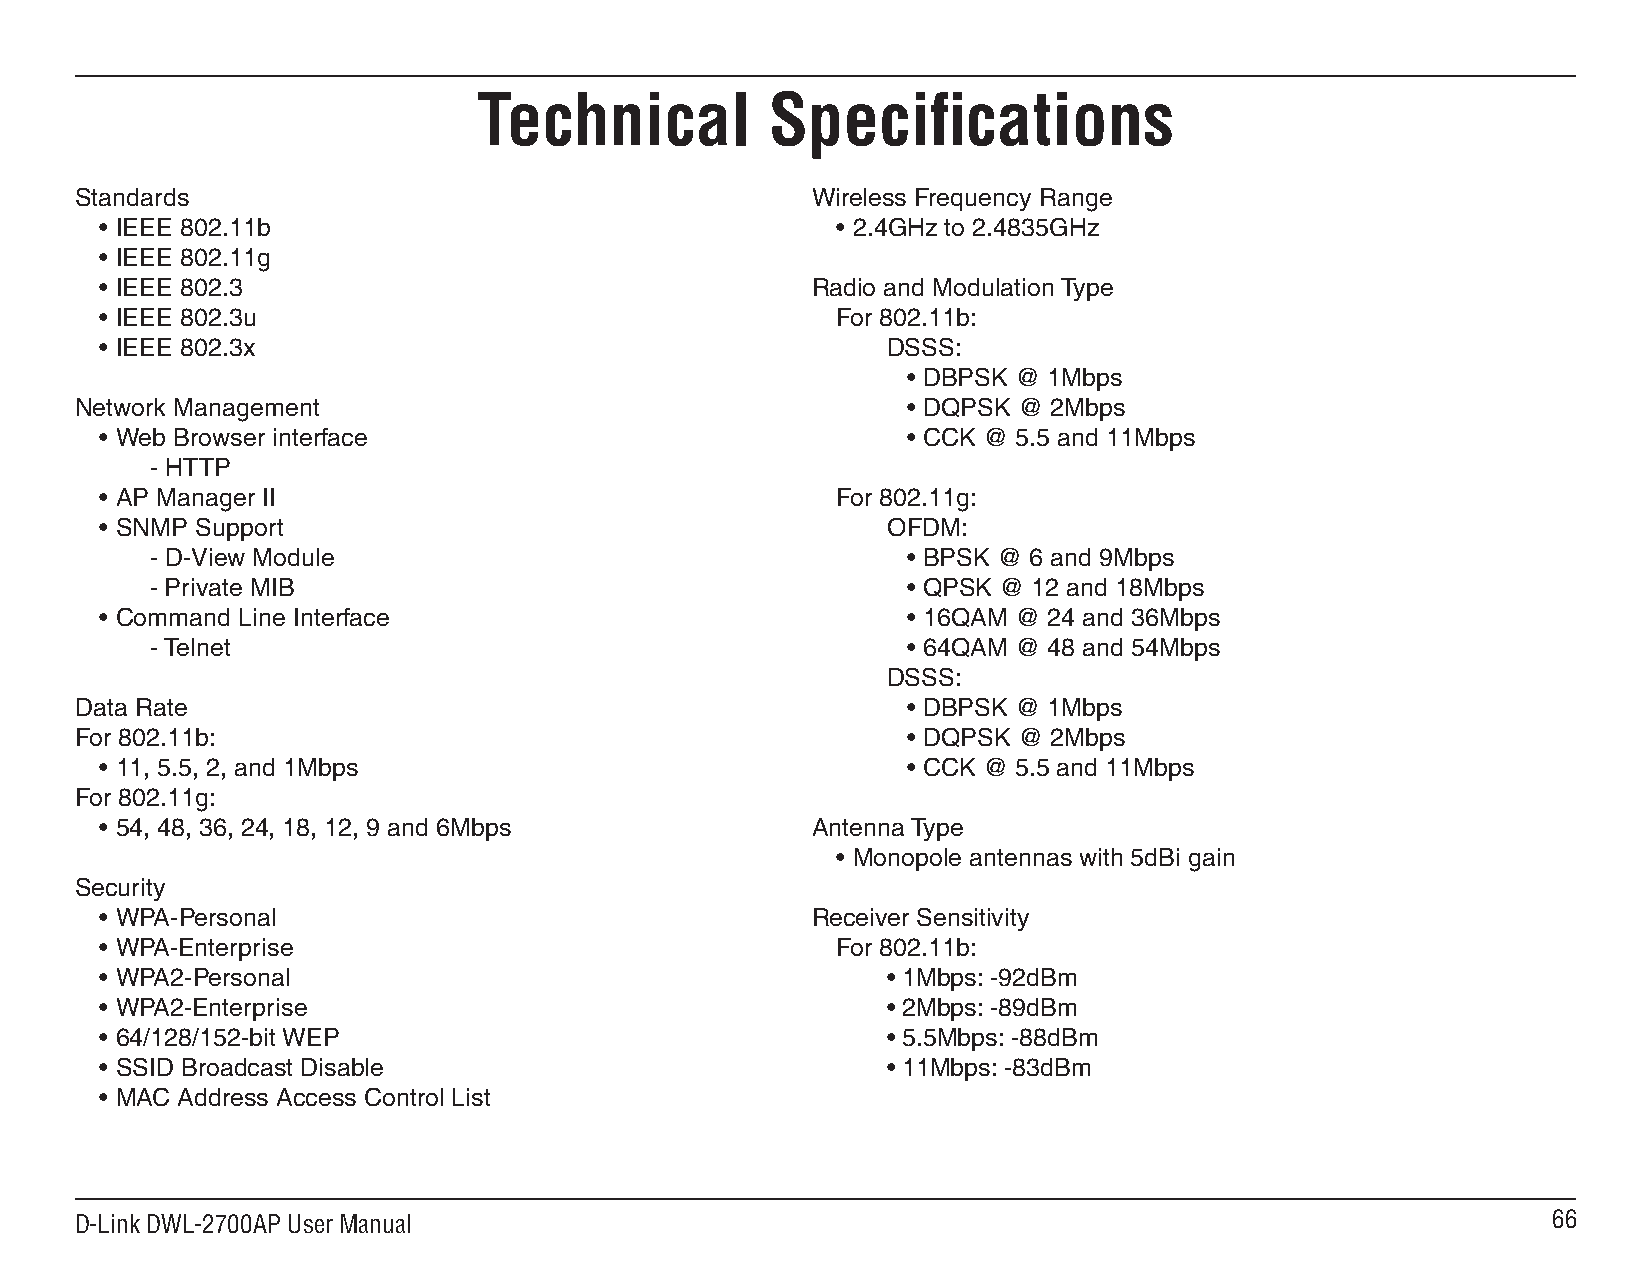
Technical          Specifications
 Standards                                        Wireless Frequency Range
 • IEEE 802.11b                                  • 2.4GHz to 2.4835GHz
 • IEEE 802.11g
 • IEEE 802.3                                   Radio and Modulation Type
 • IEEE 802.3u                                   For 802.11b:
 • IEEE 802.3x                                       DSSS:
 • DBPSK @ 1Mbps
 Network Management                                     • DQPSK @ 2Mbps
 • Web Browser interface                              • CCK @ 5.5 and 11Mbps
 - HTTP
 • AP Manager II                                 For 802.11g:
 • SNMP Support                                      OFDM:
 - D-View Module                                   • BPSK @ 6 and 9Mbps
 - Private MIB                                     • QPSK @ 12 and 18Mbps
 • Command Line Interface                             • 16QAM @ 24 and 36Mbps
 - Telnet                                          • 64QAM @ 48 and 54Mbps
 DSSS:
 Data Rate                                              • DBPSK @ 1Mbps
 For 802.11b:                                           • DQPSK @ 2Mbps
 • 11, 5.5, 2, and 1Mbps                              • CCK @ 5.5 and 11Mbps
 For 802.11g:
 • 54, 48, 36, 24, 18, 12, 9 and 6Mbps          Antenna Type
 • Monopole antennas with 5dBi gain
 Security
 • WPA-Personal                                 Receiver Sensitivity
 • WPA-Enterprise                                For 802.11b:
 • WPA2-Personal                                     • 1Mbps: -92dBm
 • WPA2-Enterprise                                   • 2Mbps: -89dBm
 • 64/128/152-bit WEP                                • 5.5Mbps: -88dBm
 • SSID Broadcast Disable                            • 11Mbps: -83dBm
 • MAC Address Access Control List
 D-Link DWL-2700AP User Manual                                                                     